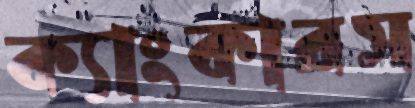
ক্যাংকারস